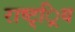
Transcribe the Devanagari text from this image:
राष्ट््रिय